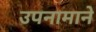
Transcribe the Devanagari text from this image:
उपनामाने